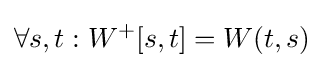
\forall s,t:W^{+}[s,t]=W(t,s)